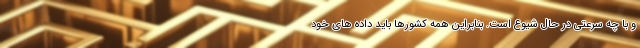
و با چه سرعتی در حال شیوع است. بنابراین همه کشورها باید داده های خود